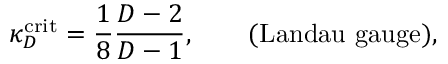
\kappa _ { D } ^ { \mathrm { c r i t } } = \frac { 1 } { 8 } \frac { D - 2 } { D - 1 } , \qquad \mathrm { ( L a n d a u ~ g a u g e ) } ,